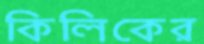
কিলিকের